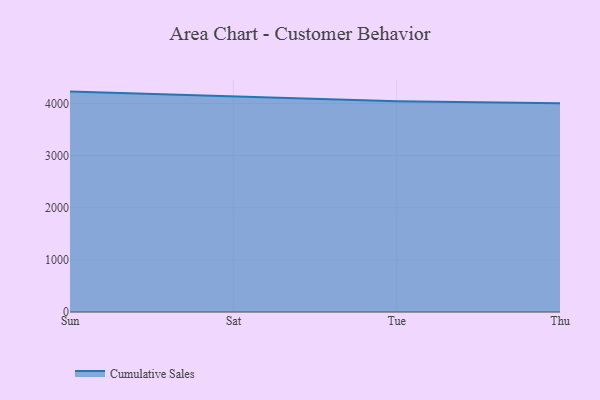
{"axis": {"x": "Day", "y": "Customer Acquisition Cost (USD)"}, "legend": ["Cumulative Sales"], "data": [{"x": "Sun", "y": 4228.1, "type": "Cumulative Sales"}, {"x": "Sat", "y": 4137.0, "type": "Cumulative Sales"}, {"x": "Tue", "y": 4041.3, "type": "Cumulative Sales"}, {"x": "Thu", "y": 4004.5, "type": "Cumulative Sales"}]}